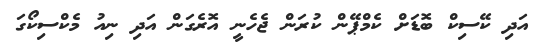
އަދި ކޭސިކް ބޮޑަށް ކެމްޕޭން ކުރަން ޖެހެނީ އޮރެގަން އަދި ނިއު މެކްސިކޯގަ